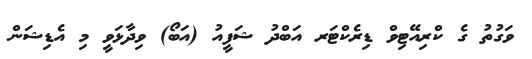
ވަގުތު ގެ ކްރިއޭޓިވް ޑިރެކްޓަރ އަބްދު ޝަފީއު (އަބޯ) ވިދާޅަވީ މި އެޑިޝަން